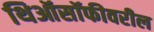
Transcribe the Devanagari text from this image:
थिऑसॉफीवरील